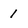
Character: 1